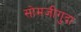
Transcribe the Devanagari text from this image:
सोमजीगुदा